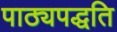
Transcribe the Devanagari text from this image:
पाठ्यपद्धति